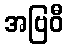
အဗြဝီ